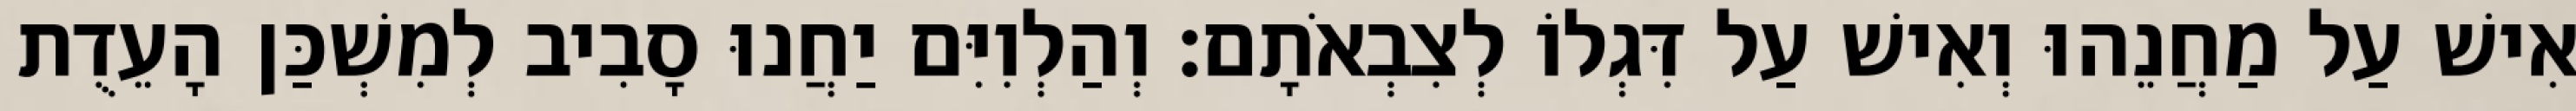
אִישׁ עַל מַחֲנֵהוּ וְאִישׁ עַל דִּגְלוֹ לְצִבְאֹתָם׃ וְהַלְוִיִּם יַחֲנוּ סָבִיב לְמִשְׁכַּן הָעֵדֻת